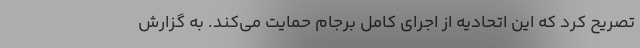
تصریح کرد که این اتحادیه از اجرای کامل برجام حمایت می‌کند. به گزارش